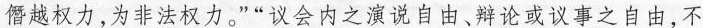
僭越权力，为非法权力。””议会内之演说自由、辩论或议事之自由，不